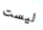
ليست